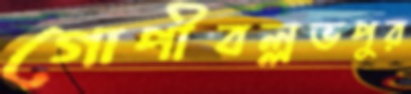
গোপীবল্লভপুর